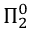
\Pi _ { 2 } ^ { 0 }